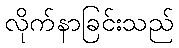
လိုက်နာခြင်းသည်